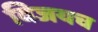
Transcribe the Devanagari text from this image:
विजयच